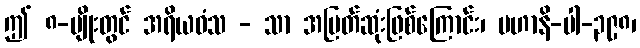
ဤ ၈-မျိုးတွင် အရိယဝံသ - သာ အမြတ်ဆုံးဖြစ်ကြောင်း၊ မဟာနိ-ပါ-၃၉၈၊